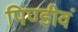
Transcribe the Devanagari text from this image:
पिण्डीवं